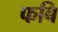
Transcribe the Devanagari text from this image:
फबि